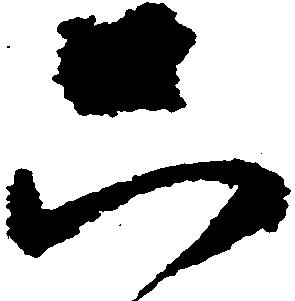
只